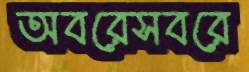
অবরেসবরে